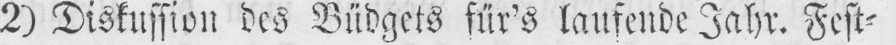
2) Diskussion des Büdgets für’s laufende Jahr. Fest⸗